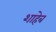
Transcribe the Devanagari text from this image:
शाहेब